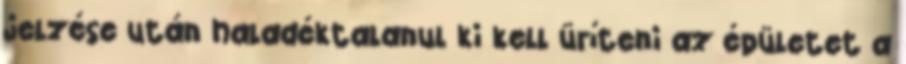
jelzése után haladéktalanul ki kell üríteni az épületet a